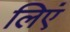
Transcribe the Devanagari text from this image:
लिएं